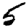
Digit: 5